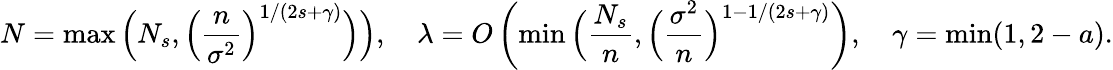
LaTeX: N=\operatorname*{max}\left(N_{s},\Big(\frac{n}{\sigma^{2}}\Big)^{1/(2s+\gamma)}\Big)\right),\quad\lambda=O\left(\operatorname*{min}\Big(\frac{N_{s}}{n},\Big(\frac{\sigma^{2}}{n}\Big)^{1-1/(2s+\gamma)}\right),\quad\gamma=\operatorname*{min}(1,2-a).